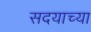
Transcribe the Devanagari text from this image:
सदयाच्या